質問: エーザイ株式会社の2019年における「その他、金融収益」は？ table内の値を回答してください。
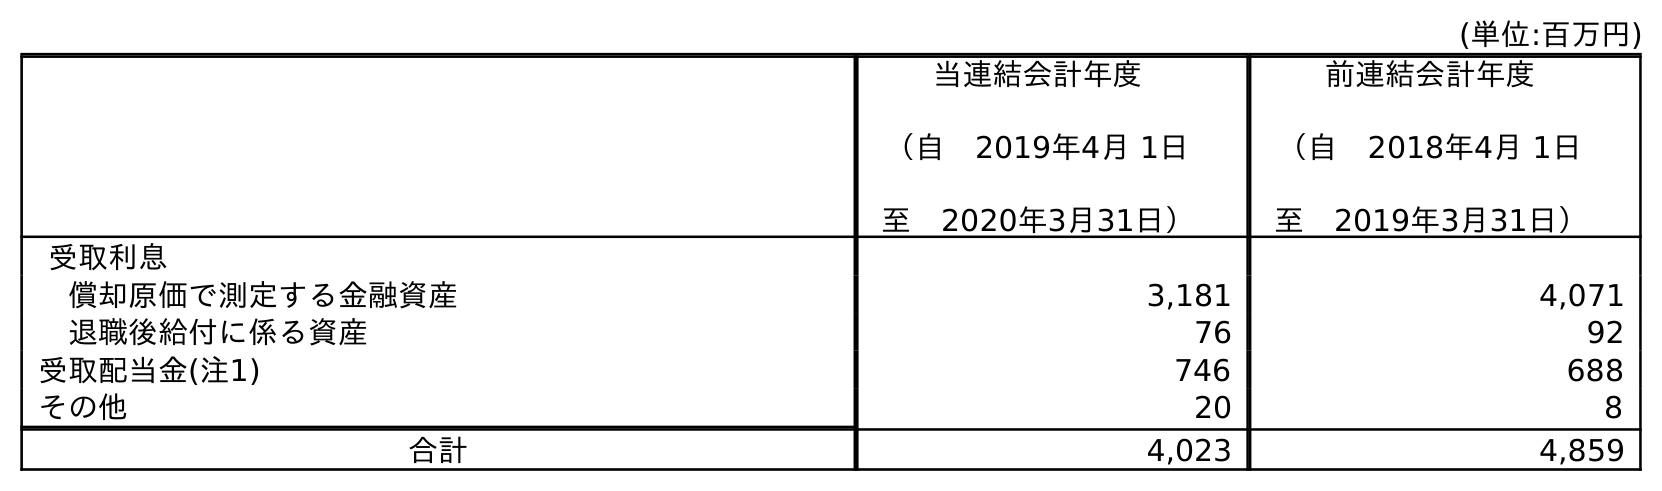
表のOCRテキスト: (単位:百万円) 当連結会計年度 （自 2019年4月 1日 至 2020年3月31日） 前連結会計年度 （自 2018年4月 1日 至 2019年3月31日） 受取利息 償却原価で測定する金融資産 3,181 4,071 退職後給付に係る資産 76 92 受取配当金(注1) 746 688 その他 20 8 合計 4,023 4,859
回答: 8